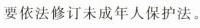
要依法修订未成年人保护法。